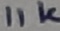
Text: 11K